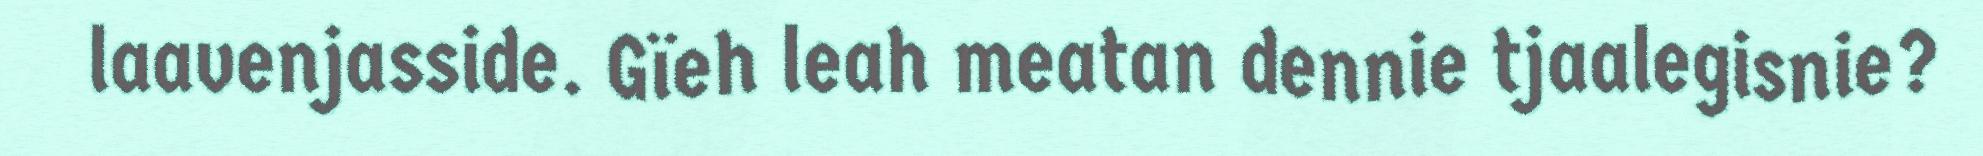
laavenjasside. Gïeh leah meatan dennie tjaalegisnie?